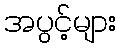
အပွင့်များ